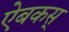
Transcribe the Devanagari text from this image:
ऐबकस्